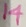
Text: 14